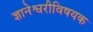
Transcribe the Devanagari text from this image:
ज्ञानेश्वरीविषयक